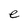
Character: e